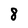
Character: 8